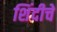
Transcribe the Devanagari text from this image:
शिंदीचे